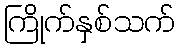
ကြိုက်နှစ်သက်